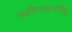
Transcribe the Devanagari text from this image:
पाकिस्तानसिंधु